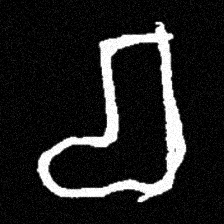
Pyu character \u2014 Myanmar letter: စ (romanized: ca)